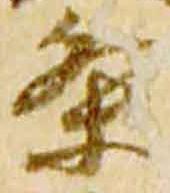
条